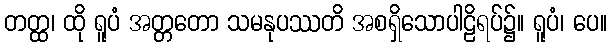
တတ္ထ၊ ထို ရူပံ အတ္တတော သမနုပဿတိ အစရှိသောပါဠိရပ်၌။ ရူပံ၊ ပေ။